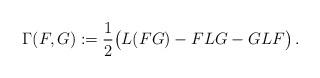
LaTeX: \begin{align*} \Gamma(F,G):=\frac{1}{2}\bigl(L(FG)-FLG-GLF\bigr)\,.\end{align*}